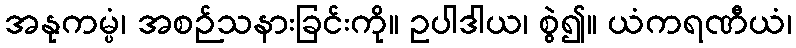
အနုကမ္ပံ၊ အစဉ်သနားခြင်းကို။ ဥပါဒါယ၊ စွဲ၍။ ယံကရဏီယံ၊